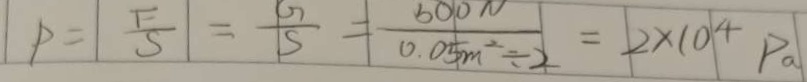
P = \frac { F } { S } = \frac { G } { S } = \frac { 6 0 0 N } { 0 . 0 5 m ^ { 2 } \div 2 } = 2 \times 1 0 ^ { 4 } P a